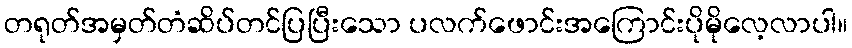
တရုတ်အမှတ်တံဆိပ်တင်ပြပြီးသော ပလက်ဖောင်းအကြောင်းပိုမိုလေ့လာပါ။